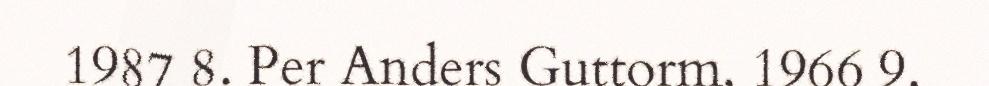
1987 8. Per Anders Guttorm, 1966 9.